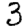
Digit: 3